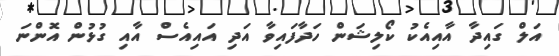
އަލް ގައިދާ އާއިއެކު ކޯލިޝަން ހަދާފައިވާ އަދި އައިއެސް އާއި ގުޅުން އޮންނަ